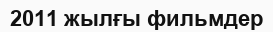
2011 жылғы фильмдер